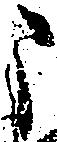
う